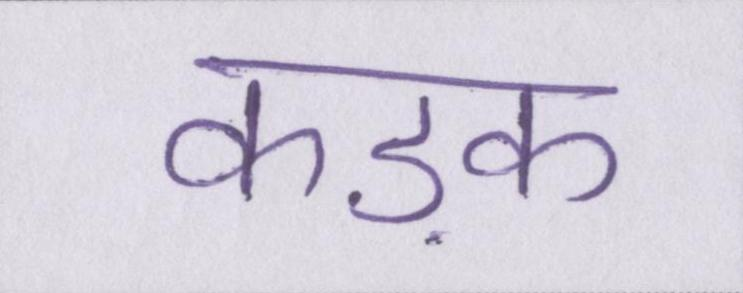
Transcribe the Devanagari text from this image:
कड़क